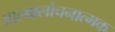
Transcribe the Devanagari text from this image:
आत्मालोचनात्मक